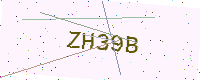
Text: ZH39B